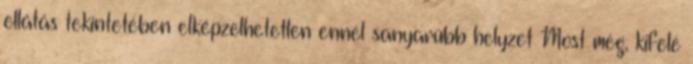
ellátás tekintetében elképzelhetetlen ennél sanyarúbb helyzet Most még, kifelé